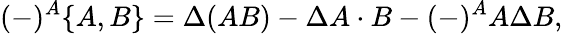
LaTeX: (-)^{A}\{ A,B\} =\Delta\! \left(AB\right)-\Delta A\cdot B-(-)^{A}A\Delta B,